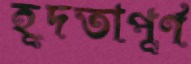
হূদতাপূর্ণ